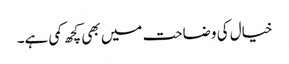
خیال کی وضاحت میں بھی کچھ کمی ہے۔